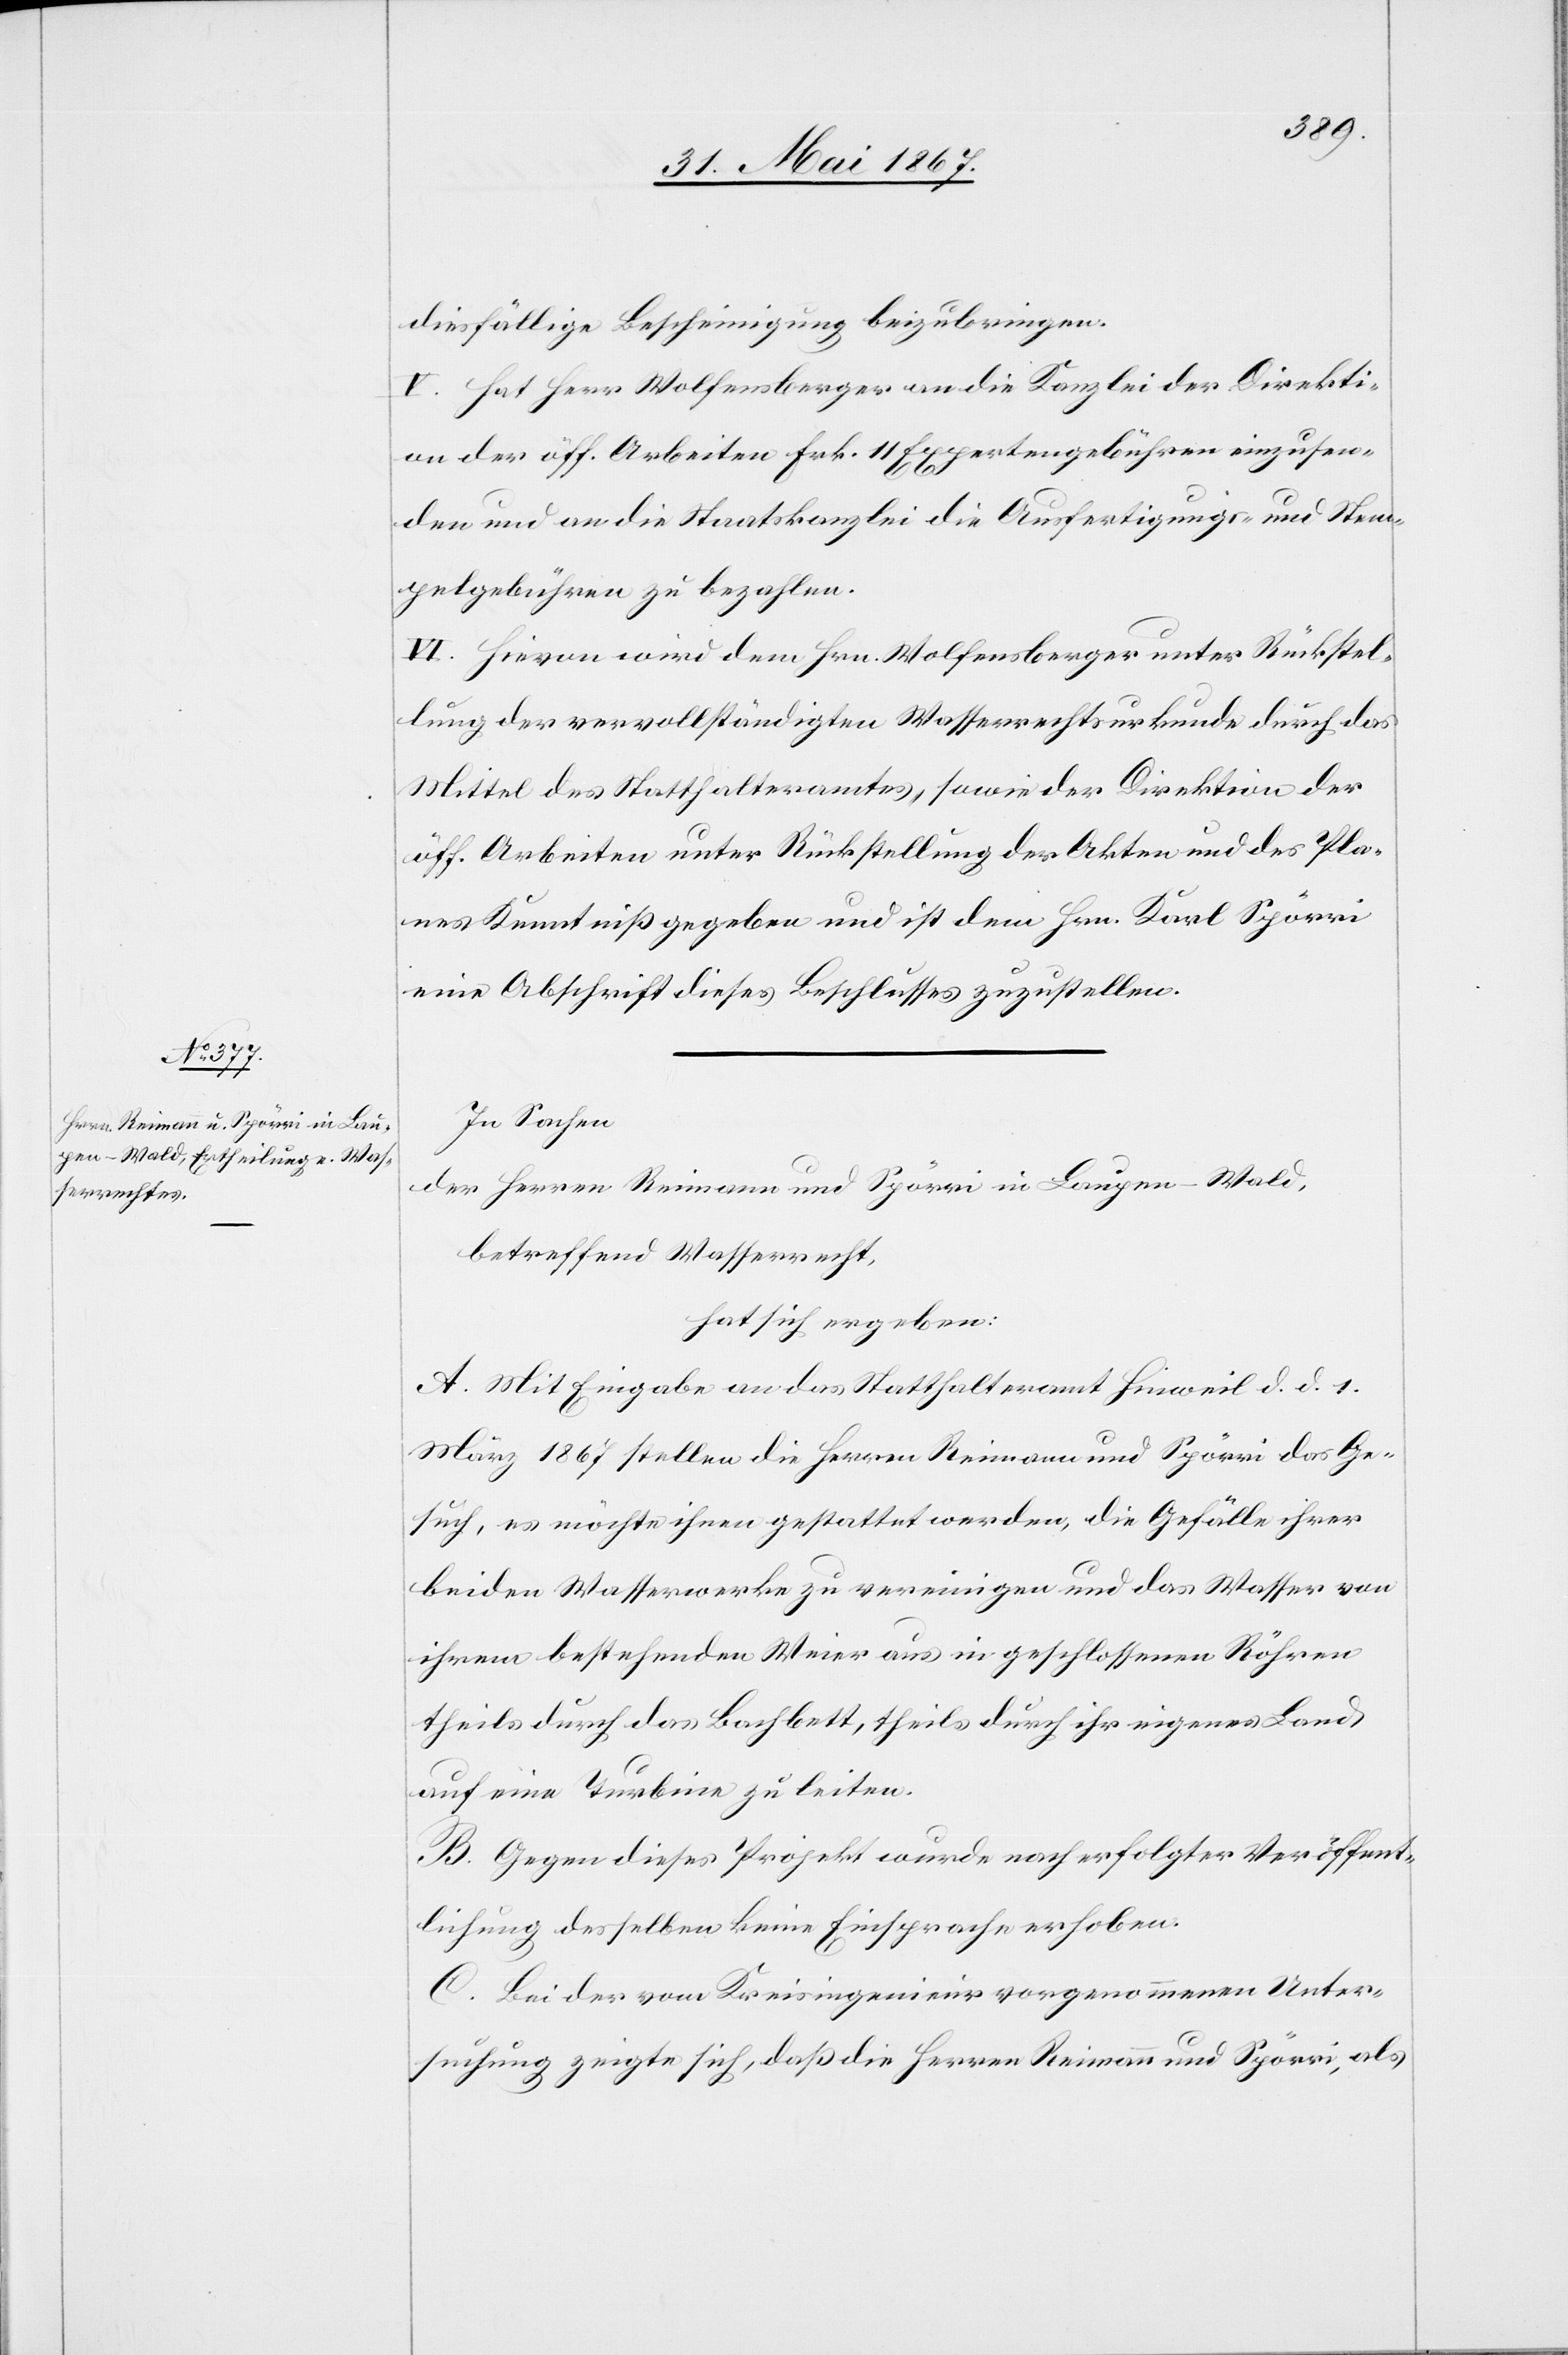
diesfällige Bescheinigung beizubringen.
V. Hat Herr Wolfensberger an die Kanzlei der Direkti¬
on der öff. Arbeiten Frk. 11 Expertengebühren einzusen¬
den und an die Staatskanzlei die Ausfertigungs- und Stem¬
pelgebühren zu bezahlen.
VI. Hievon wird dem Hrn. Wolfensberger unter Rückstel¬
lung der vervollständigten Wasserrechtsurkunde durch das
Mittel des Statthalteramtes, sowie der Direktion der
öff. Arbeiten unter Rückstellung der Akten und des Pla¬
nes Kenntniß gegeben und ist dem Hrn. Karl Spörri
eine Abschrift dieses Beschlusses zuzustellen.
In Sachen
der Herren Reimann und Spörri in Laupen-Wald,
betreffend Wasserrecht,
hat sich ergeben:
A. Mit Eingabe an das Statthalteramt Hinweil d. d. 1.
März 1867 stellen die Herren Reimann und Spörri das Ge¬
such, es möchte ihnen gestattet werden, die Gefälle ihrer
beiden Wasserwerke zu vereinigen und das Wasser von
ihrem bestehenden Weier aus in geschlossenen Röhren
theils durch den Bachbett, theils durch ihr eigenes Land
auf eine Turbine zu leiten.
B. Gegen dieses Projekt wurde nach erfolgter Veröffent¬
lichung desselben keine Einsprache erhoben.
C. Bei der vom Kreisingenieur vorgenommenen Unter¬
suchung zeigte sich, daß die Herren Reimann und Spörri, als